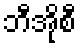
ဘီအိုစီ